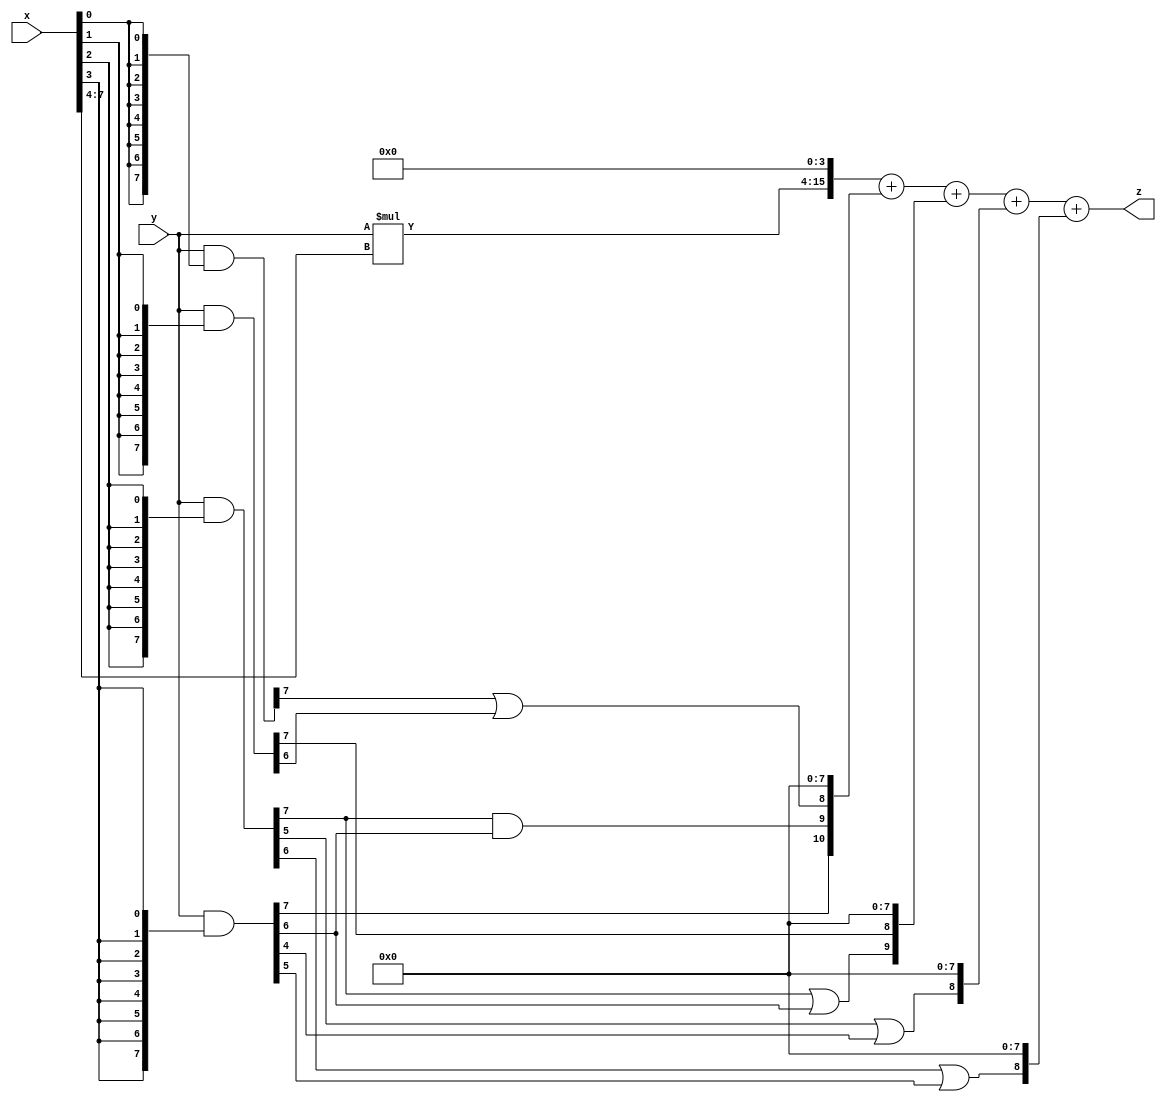
// terms: 7
// fval:  88594.25

module unsigned_8x8_l4_lamb10000_1 (
	input [7:0] x,
	input [7:0] y,
	output [15:0] z
);

wire [11:0] tmp_z = y*x[7:4];

wire [7:0] part1 =  y & {8{x[0]}};
wire [7:0] part2 =  y & {8{x[1]}};
wire [7:0] part3 =  y & {8{x[2]}};
wire [7:0] part4 =  y & {8{x[3]}};

wire [10:0] new_part1;
assign new_part1[0] = 0;
assign new_part1[1] = 0;
assign new_part1[2] = 0;
assign new_part1[3] = 0;
assign new_part1[4] = 0;
assign new_part1[5] = 0;
assign new_part1[6] = 0;
assign new_part1[7] = 0;
assign new_part1[8] = part1[7] | part2[6];
assign new_part1[9] = part3[7] & part4[6];
assign new_part1[10] = part4[7];

wire [9:0] new_part2;
assign new_part2[0] = 0;
assign new_part2[1] = 0;
assign new_part2[2] = 0;
assign new_part2[3] = 0;
assign new_part2[4] = 0;
assign new_part2[5] = 0;
assign new_part2[6] = 0;
assign new_part2[7] = 0;
assign new_part2[8] = part2[7];
assign new_part2[9] = part3[7] | part4[6];

wire [8:0] new_part3;
assign new_part3[0] = 0;
assign new_part3[1] = 0;
assign new_part3[2] = 0;
assign new_part3[3] = 0;
assign new_part3[4] = 0;
assign new_part3[5] = 0;
assign new_part3[6] = 0;
assign new_part3[7] = 0;
assign new_part3[8] = part3[5] | part4[4];

wire [8:0] new_part4;
assign new_part4[0] = 0;
assign new_part4[1] = 0;
assign new_part4[2] = 0;
assign new_part4[3] = 0;
assign new_part4[4] = 0;
assign new_part4[5] = 0;
assign new_part4[6] = 0;
assign new_part4[7] = 0;
assign new_part4[8] = part3[6] | part4[5];

assign z = {tmp_z, 4'd 0} + new_part1 + new_part2 + new_part3 + new_part4;
endmodule